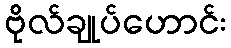
ဗိုလ်ချုပ်ဟောင်း